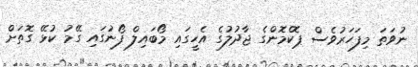
ނުވަތަ މިފަހަރުވެސް ޕޮކެމޮންގެ ޖާދުލުގެ އެހީގައި މޯބައިލް ފޯނުގައި ގޭމު ކުޅޭ ގޮތަށް